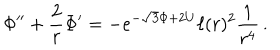
\Phi ^ { \prime \prime } + \frac { 2 } { r } \Phi ^ { \prime } = - e ^ { - \sqrt { 3 } \Phi + 2 U } \ell ( r ) ^ { 2 } \frac { 1 } { r ^ { 4 } } \, .